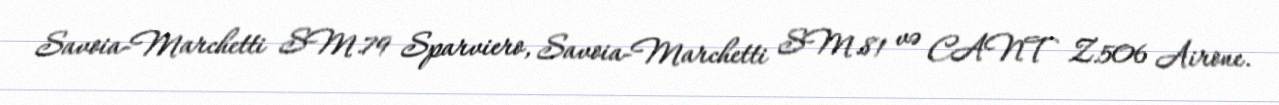
Savoia-Marchetti SM.79 Sparviero, Savoia-Marchetti SM.81 və CANT Z.506 Airone.